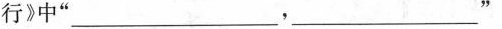
行》中”___，___”